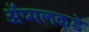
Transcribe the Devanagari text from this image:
ॲप्पलकडे